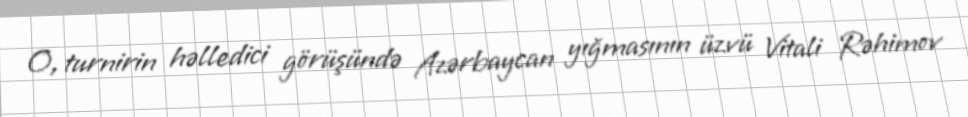
O, turnirin həlledici görüşündə Azərbaycan yığmasının üzvü Vitali Rəhimov